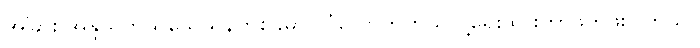
အခြား အိန္ဒိယကသုသေသနတစ်ခုမှာ လုံလောက်တယ်လို့ရေးထားတာဖတ်ဖူးပါတယ်။